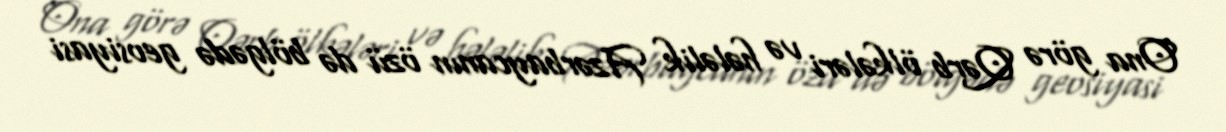
Ona görə Qərb ölkələri və hələlik Azərbaycanın özü də bölgədə geosiyasi